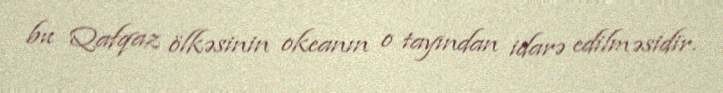
bu Qafqaz ölkəsinin okeanın o tayından idarə edilməsidir.